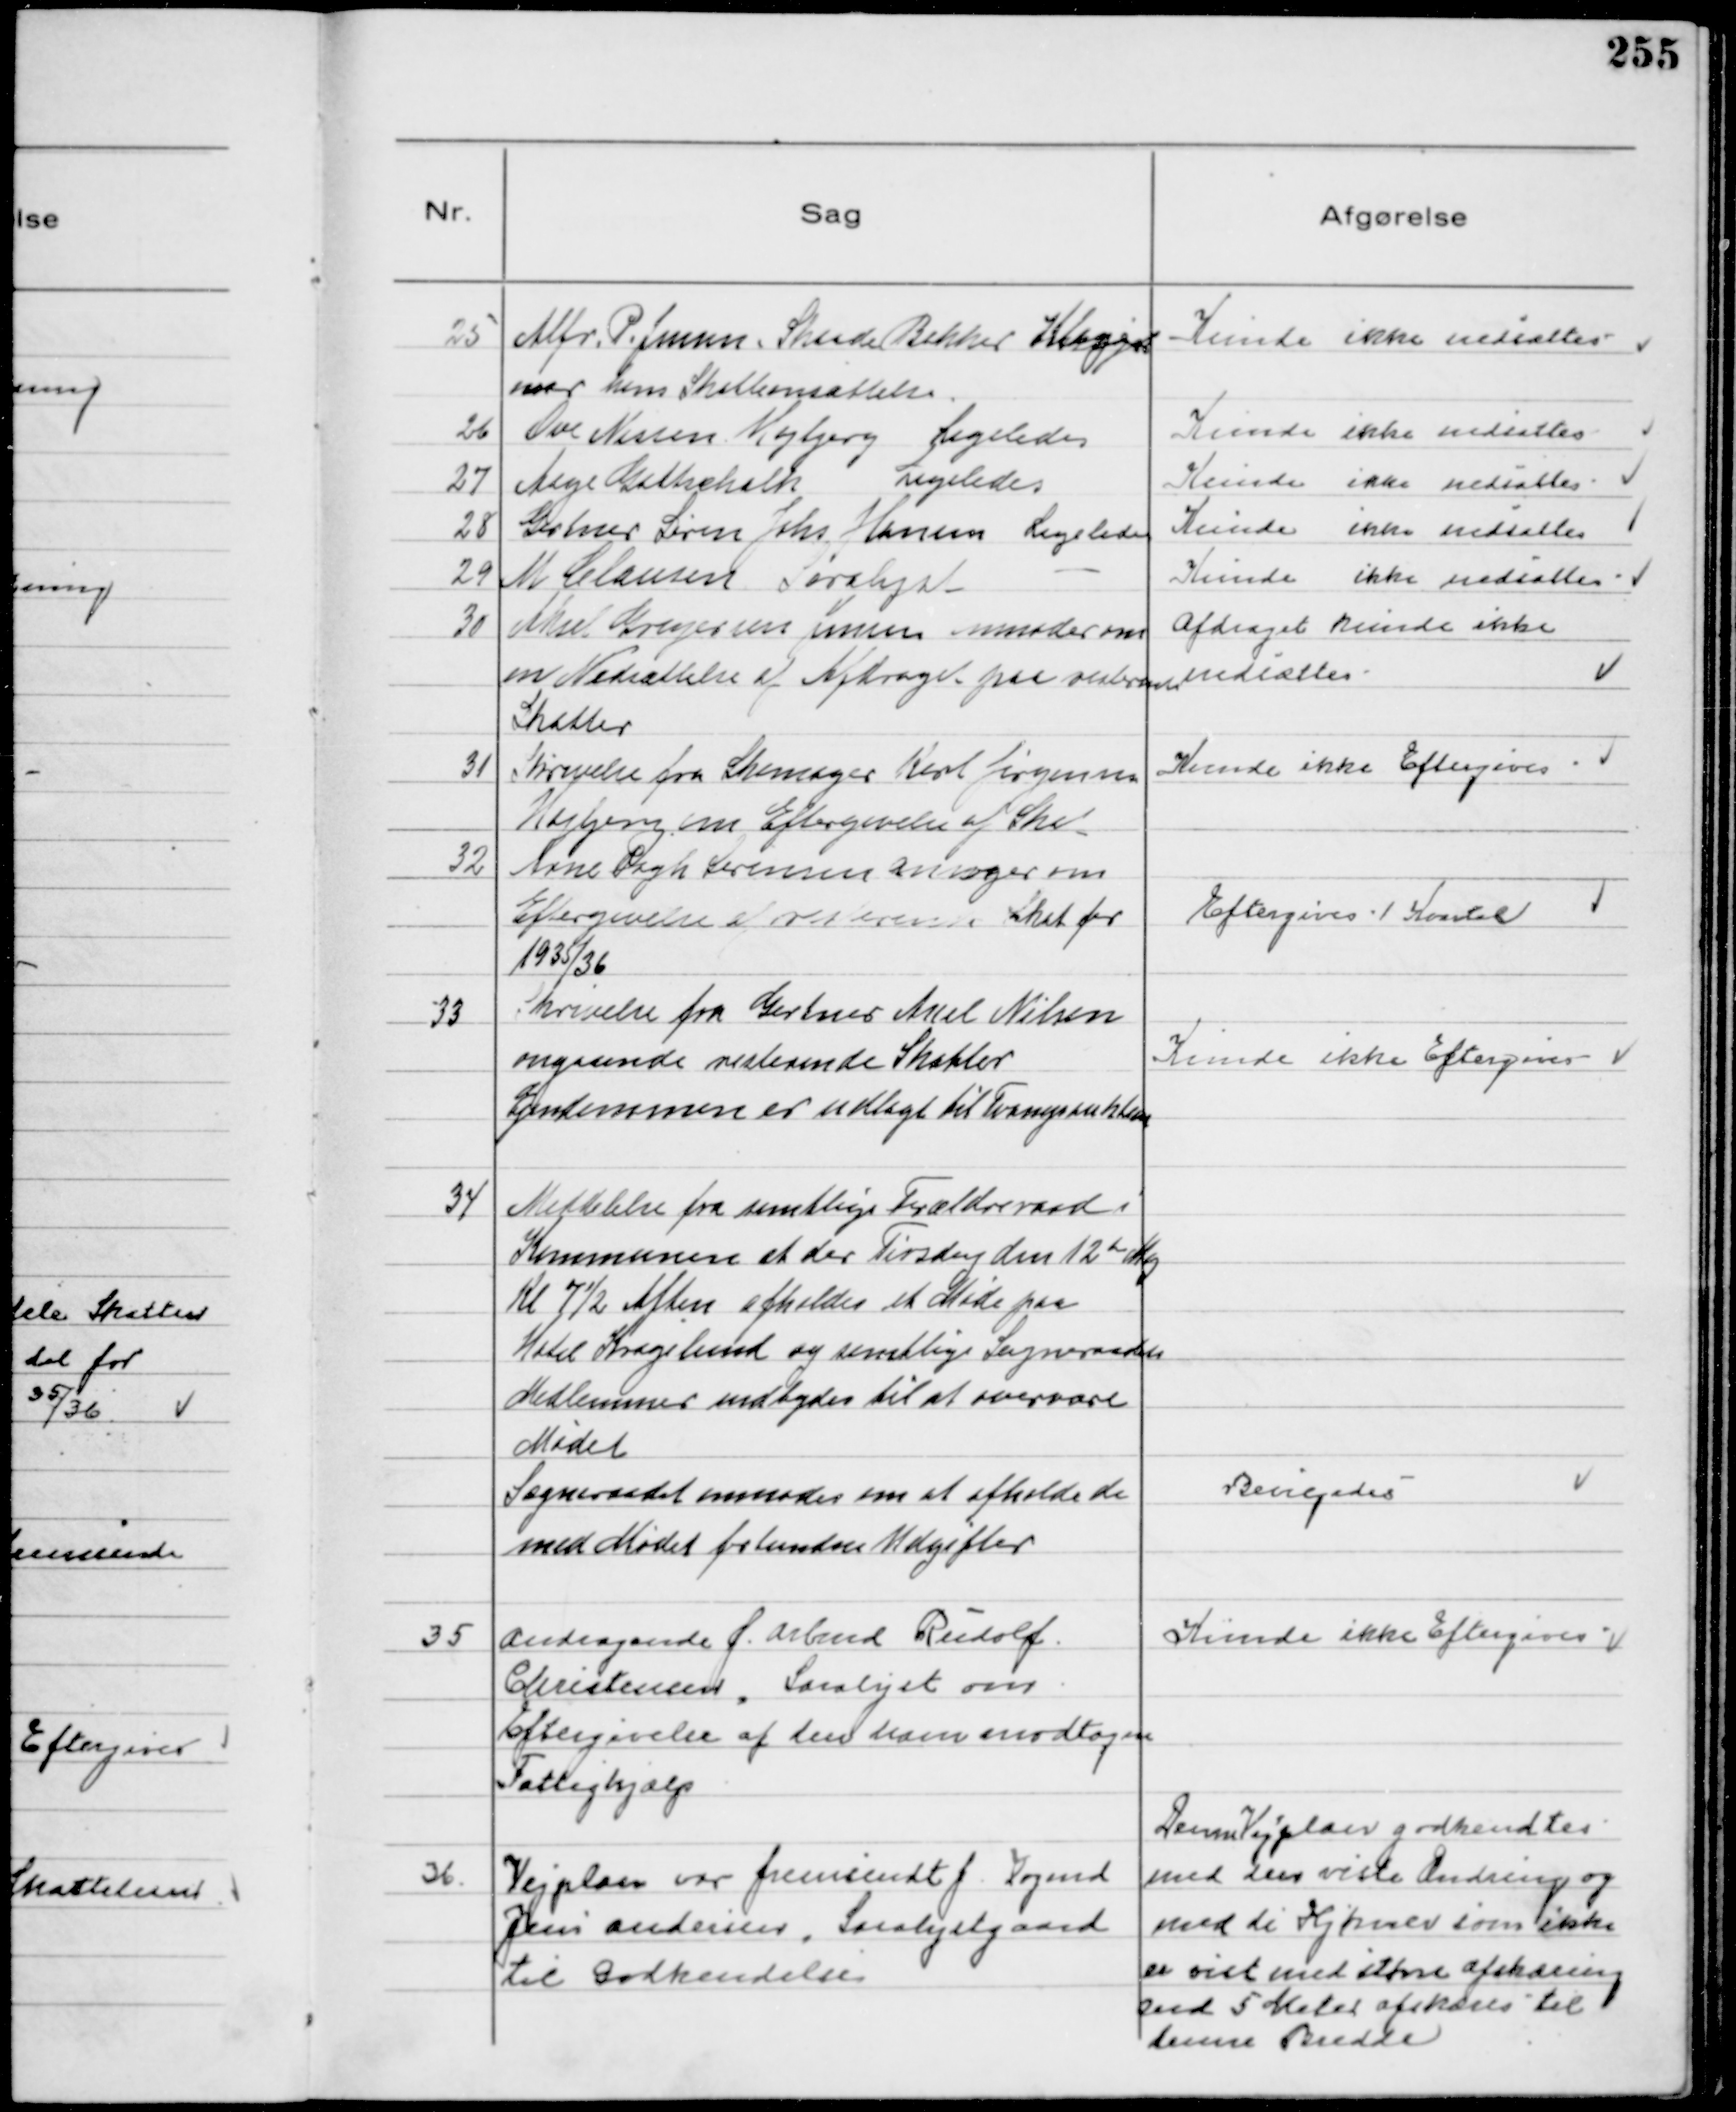
Transskription:
25
Alfr. P. Jensen, Skaade Bakker Klager
over hans Skatteansættelse

Kunde ikke nedsættes

26
Ove Nissen Højbjerg Ligeledes

Kunde ikke nedsættes

27
Aage Gotschalk Ligeledes

Kunde ikke nedsættes

28
Gartner Søren Johs Hansen Ligeledes

Kunde ikke nedsættes

29
M Clausen Saralyst -

Kunde ikke nedsættes

30
Aksel Gregersen Jensen anmoder om
en Nedsættelse af Afdraget paa resterende
Skatter

Afdraget kunde ikke
nedsættes

31
Skrivelse fra Skomager Karl Jørgensen
Højbjerg om Eftergivelse af Skat

Kunde ikke Eftergives

32
Arne Pagh Sørensen ansøger om
Eftergivelse af resterende Skat for
1935/36

Eftergives 1 Kvartal

33
Skrivelse fra Gartner Axel Nielsen
angaaende resterende Skatter
Ejendommen er udlagt til Tvangsauktion

Kunde ikke Eftergives

34
Meddelelse fra samtlige Forældreraad i
Kommunen at der Tirsdag den 12de Maj
Kl 7½ Aften afholdes et Møde paa
Hotel Kragelund og samtlige Sogneraadets
Medlemmer indbydes til at overvære
Mødet
Sogneraadet anmodes om at afholde de
med Mødet forbundne Udgifter

Bevilgedes

35
Andragende f. Arbmd Rudolf
Christensen, Saralyst om
Eftergivelse af den ham modtagne
Fattighjælp

Kunde ikke Eftergives

36
Vejplan var fremsendt f. Vogmd
Jens Andersen, Saralystgaard
til Godkendelse

Denne Vejplan godkendtes
med den viste Ændring og
med de Hjørner som ikke
er vist med større afskæring
end 5 Meter afskæres til
denne Bredde